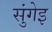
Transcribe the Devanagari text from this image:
सुंगेइ